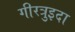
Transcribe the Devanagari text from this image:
गीरत्रुइदा